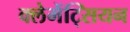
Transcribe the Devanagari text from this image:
क्लेमेंट्सियन